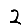
Digit: 2